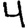
Digit: 4